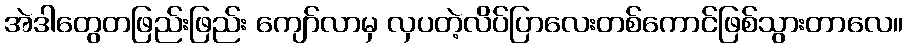
အဲဒါတွေတဖြည်းဖြည်း ကျော်လာမှ လှပတဲ့လိပ်ပြာလေးတစ်ကောင်ဖြစ်သွားတာလေ။